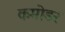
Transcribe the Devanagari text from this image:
कमोडर